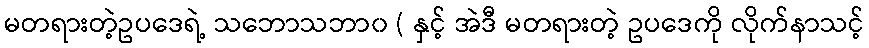
မတရားတဲ့ဥပဒေရဲ့ သဘောသဘာ၀ ( နှင့် အဲဒီ မတရားတဲ့ ဥပဒေကို လိုက်နာသင့်